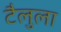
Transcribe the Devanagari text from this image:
टैलुला